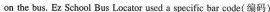
on the bus. Ez Schoul Bus Locator used a specific bar code( 编码)